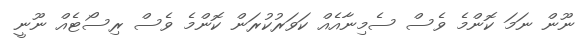
ނޫން ނަމަ ކޮންމެ ވެސް ސެމިނާއެއް ކަވަރުކުރަން ކޮންމެ ވެސް ރިސޯޓެއް ނޫނީ